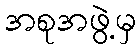
အစုအဖွဲ့မှ